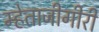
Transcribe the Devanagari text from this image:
म्हेताजीगीरी